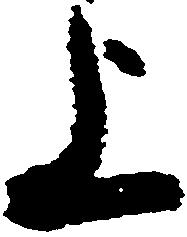
上